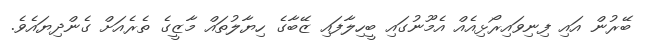
ބޭރުން އައި ފިނިވައިރޯޅިއެއް އެމޫނުގައި ބީހިލާފައި ޒޭބާގެ ހިޔާލުތައް މާޒީގެ ތެރެއަށް ގެންދިޔައެވެ.